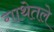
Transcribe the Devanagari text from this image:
गाथेतले